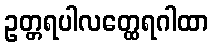
ဥတ္တရပါလတ္ထေရဂါထာ